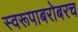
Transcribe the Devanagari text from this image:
स्वरूपाबरोबरच